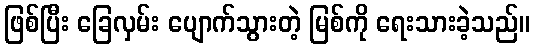
ဖြစ်ပြီး ခြေလှမ်း ပျောက်သွားတဲ့ မြစ်ကို ရေးသားခဲ့သည်။